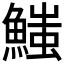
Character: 𩺉